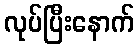
လုပ်ပြီးနောက်